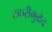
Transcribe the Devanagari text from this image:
टकरीमुळेच